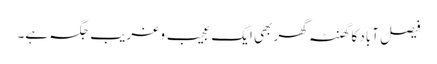
فیصل آباد کا گھنٹہ گھر بھی ایک عجیب و غریب جگہ ہے۔